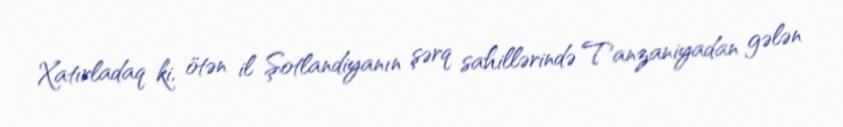
Xatırladaq ki, ötən il Şotlandiyanın şərq sahillərində Tanzaniyadan gələn